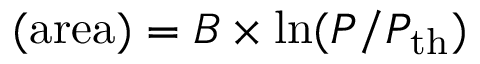
( \mathrm { a r e a } ) = B \times \ln ( P / P _ { \mathrm { t h } } )